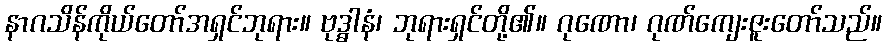
နာဂသိန်ကိုယ်တော်အရှင်ဘုရား။ ဗုဒ္ဓါနံ၊ ဘုရားရှင်တို့၏။ ဂုဏော၊ ဂုဏ်ကျေးဇူးတော်သည်။